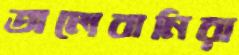
তালেবানিরা